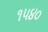
૧૫૪૦